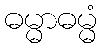
ဓမ္မာဓမ္မံ